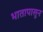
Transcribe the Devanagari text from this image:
भातापासून